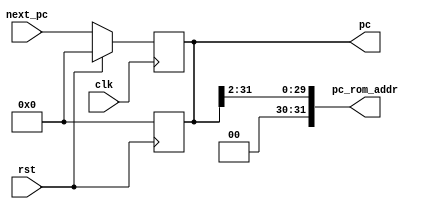
module pc(
    input rst, clk,
    input [31: 0] next_pc,

    output reg [31: 0] pc,
    output [31: 0] pc_rom_addr
);

always @(posedge clk) begin
    if(rst) pc = 32'd0; 
    // rom\ram,,,rom
    // ,pc.
    else pc <= next_pc;
end

always @(posedge rst) begin
    pc = 0;
end

assign pc_rom_addr = pc>>2;

endmodule